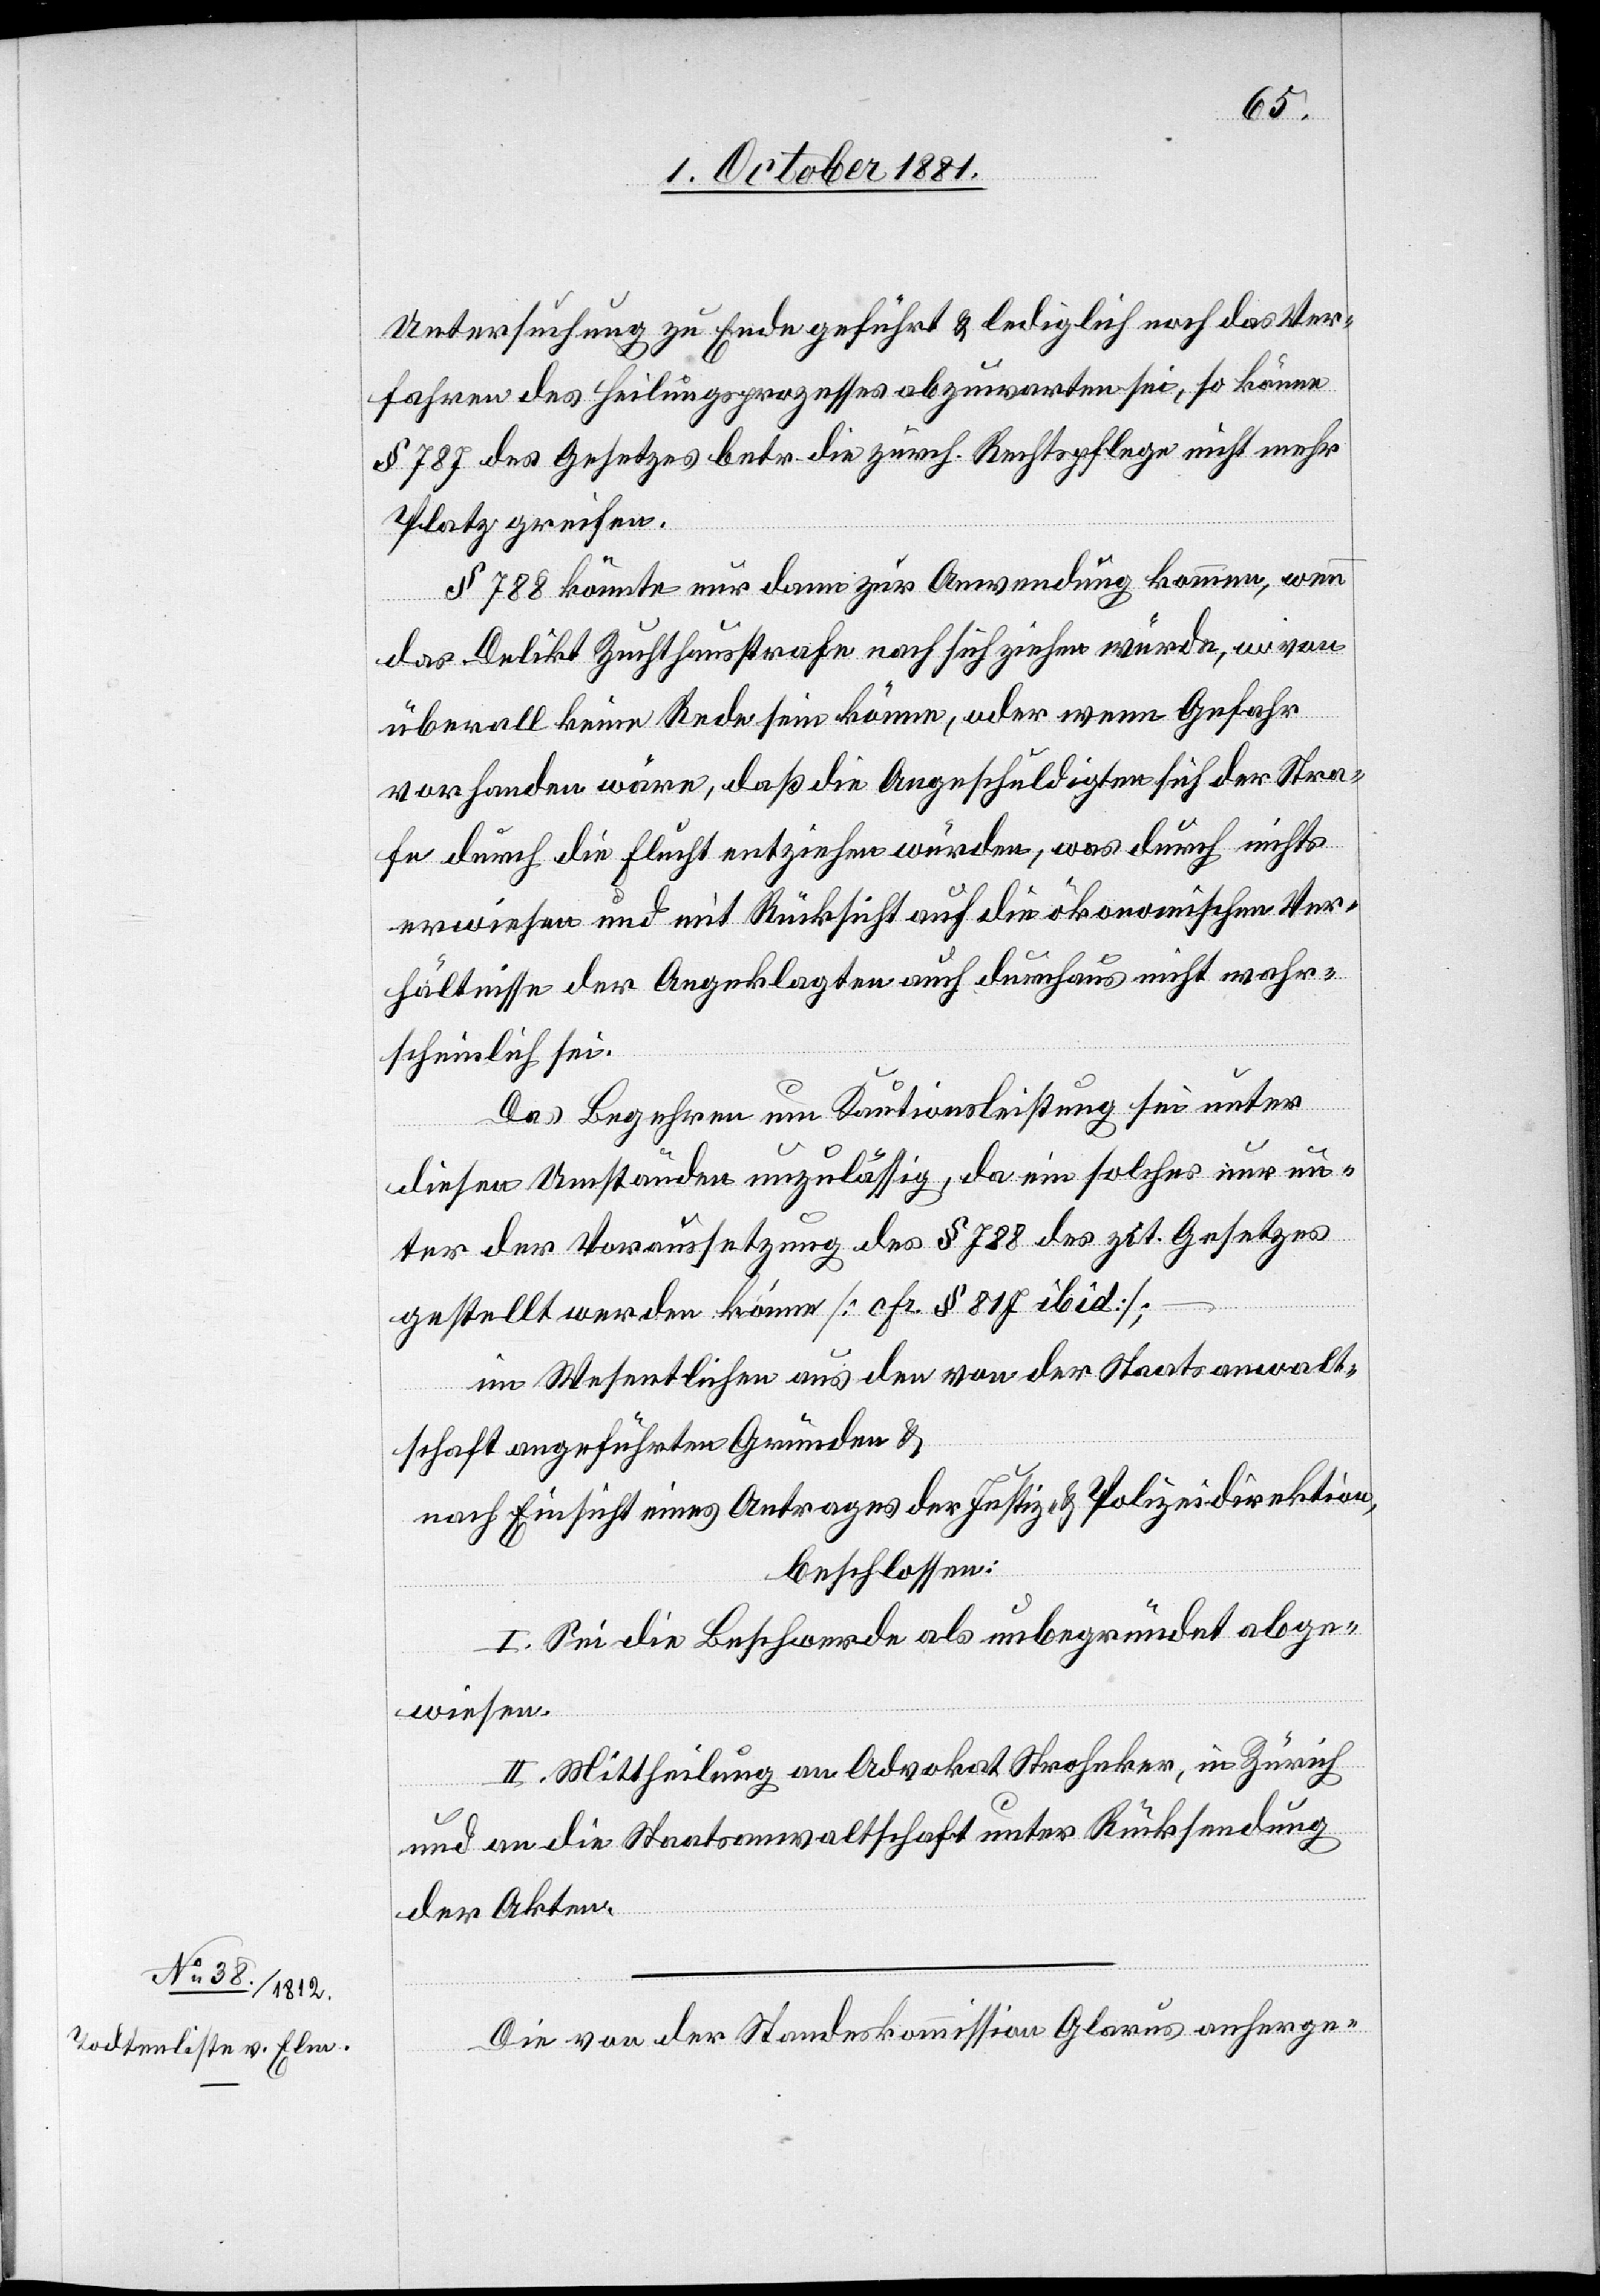
Untersuchung zu Ende geführt & lediglich noch das Ver¬
fahren des Heilungsprozesses abzuwarten sei, so könne
§ 787 des Gesetztes betr. die zürch. Rechtspflege nicht mehr
Platz greifen.
§ 788 könnte nur dann zur Anwendung kommen, wenn
das Delikt Zuchthausstrafe nach sich ziehen würde, wovon
überall keine Rede sein könne, oder wenn Gefahr
vorhanden wäre, daß die Angeschuldigten sich der Stra¬
fe durch die Flucht entziehen würden, was durch nichts
erwiesen und mit Rücksicht auf die ökonomischen Ver¬
hältnisse der Angeklagten auch durchaus nicht wahr¬
scheinlich sei.
Das Begehren um Kautionsleistung sei unter
diesen Umständen unzulässig, da ein solches nur un¬
ter der Voraussetzung des § 788 des zit. Gesetztes
gestellt werden könne [cfr. § 817 ibid];
im Wesentlichen aus den von der Staatsanwalt¬
schaft angeführten Gründen &
nach Einsicht eines Antrages der Justiz- & Polizeidirektion,
beschlossen:
I. Sei die Beschwerde als unbegründet abge¬
wiesen.
II. Mittheilung an Advokat Stroheker, in Zürich
und an die Staatsanwaltschaft unter Rücksendung
der Akten.
Die von der Standeskommission Glarus anherge-